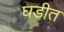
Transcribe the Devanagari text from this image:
घडीत